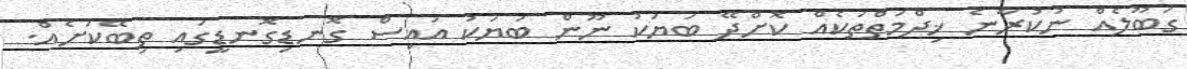
ގަބޫލެއް ނުކުރާނެ ޚިދްމަތްތަކެއް ކޮށްދޭ ބަޔަކު ނޫން ބަޔަކު އައިސް ގޮނޑިގޮނޑީގައި ތިބޭކަށެއް.